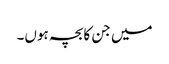
میں جن کابچہ ہوں۔